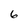
Character: 6